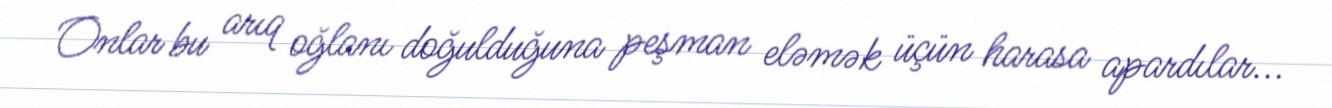
Onlar bu arıq oğlanı doğulduğuna peşman eləmək üçün harasa apardılar...